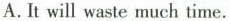
A.It will waste much time.